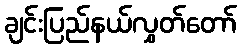
ချင်းပြည်နယ်လွှတ်တော်